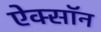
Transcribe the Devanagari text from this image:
ऐक्सॉन